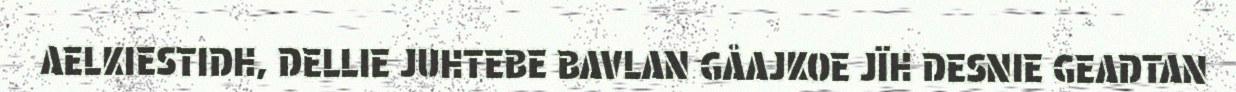
AELKIESTIDH, DELLIE JUHTEBE BAVLAN GÅAJKOE JÏH DESNIE GEADTAN